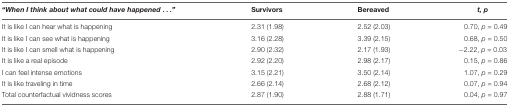
<table><thead><tr><td><b><i>“When I think about what could have happened ...”</i></b></td><td><b>Survivors</b></td><td><b>Bereaved</b></td><td><b><i>t, p</i></b></td></tr></thead><tbody><tr><td>It is like I can hear what is happening</td><td>2.31 (1.98)</td><td>2.52 (2.03)</td><td>0.70, <i>p</i> = 0.49</td></tr><tr><td>It is like I can see what is happening</td><td>3.16 (2.28)</td><td>3.39 (2.15)</td><td>0.68, <i>p</i> = 0.50</td></tr><tr><td>It is like I can smell what is happening</td><td>2.90 (2.32)</td><td>2.17 (1.93)</td><td>-2.22, <i>p</i> = 0.03</td></tr><tr><td>It is like a real episode</td><td>2.92 (2.20)</td><td>2.98 (2.17)</td><td>0.15, <i>p</i> = 0.86</td></tr><tr><td>I can feel intense emotions</td><td>3.15 (2.21)</td><td>3.50 (2.14)</td><td>1.07, <i>p</i> = 0.29</td></tr><tr><td>It is like traveling in time</td><td>2.66 (2.14)</td><td>2.68 (2.12)</td><td>0.07, <i>p</i> = 0.94</td></tr><tr><td>Total counterfactual vividness scores</td><td>2.87 (1.90)</td><td>2.88 (1.71)</td><td>0.04, <i>p</i> = 0.97</td></tr></tbody></table>